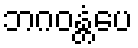
ဘဂဝန္တံပေ